Vaccination in Bombay 1889-1901 - 1889-1901
Year: 1889
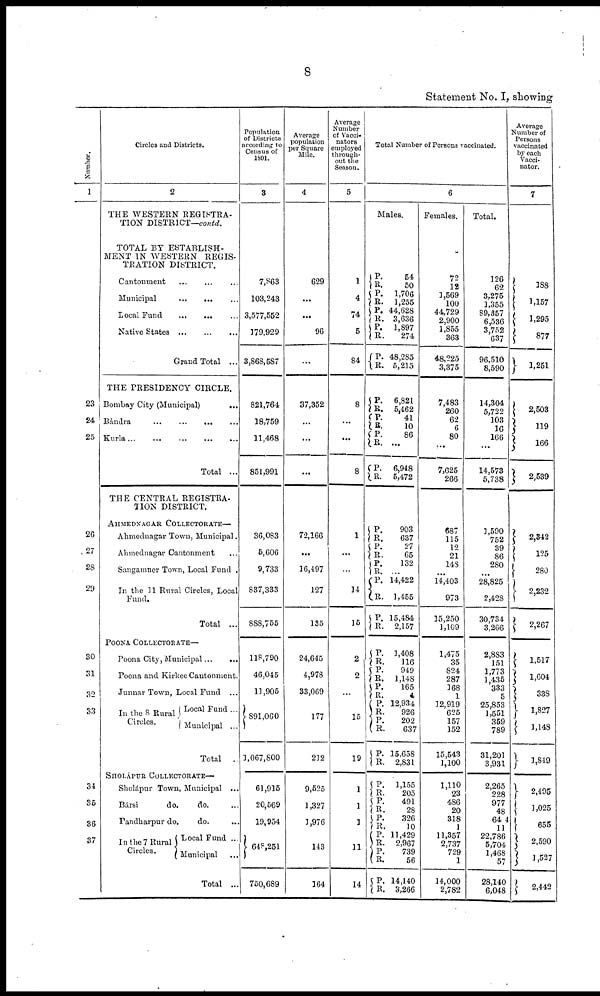
8
Statement No. I, showing
Number.
1
23
24
25
26
27
28
29
30
31
32
33
34
35
36
37
Circles and Districts.
2
THE WESTERN REGISTRA-
TION DISTRICT—contd.
TOTAL BY ESTABLISH-
MENT IN WESTERN
REGIS-
TRATION DISTRICT.
Cantonment ... ... ...
Municipal
...
... ...
Local Fund ... ... ...
Native States ...
...
...
Grand Total ...
THE PRESIDENCY CIRCLE.
Bombay City (Municipal)
...
Bándra
...
...
...
...
Kurla...
...
...
...
...
Total ...
THE CENTRAL REGISTRA-
TION DISTRICT.
AHMEDNAGAR COLLECTORATE—
Ahmednagar Town, Municipal.
Ahmednagar Cantonment ...
Sangamner Town, Local Fund .
In the 11 Rural Circles, Local
Fund.
Total
...
POONA COLLECTORATE—
Poona City, Municipal... ...
Poona and Kirkee Cantonment.
Junnar Town, Local Fund
...
In the 8 Rural
Circles.
Local Fund ...
Municipal ..
Total
.
SHOLÁPUR COLLECTORATE—
Sholápur Town, Municipal ...
Bársi
do.
do. ...
Pandharpur do.
do. ...
In the 7 Rural
Circles.
Local Fund ...
Municipal ...
Total ...
Population
of Districts
according to
Census of
1891.
3
7,863
103,243
3,577,552
179,929
3,868,587
821,764
18,759
11,468
851,991
36,083
5,606
9,733
837,333
888,755
118,790
46,045
11,905
891,060
1,067,800
61,915
20,569
19,954
648,251
750,689
Average
population
per Square
Mile.
4
629
...
...
96
...
37,352
...
...
...
72,166
...
16,497
127
135
24,645
4,978
33,069
177
212
9,525
1,327
1,976
143
164
Average
Number
of Vacci¬
nators
employed
through-
out the
Season.
5
1
4
74
5
84
8
...
...
8
1
...
...
14
15
2
2
...
15
19
1
1
1
11
14
Total Number of Persons vaccinated.
6
Males.
P.
R.
P.
R.
P. R.
P.
R.
P.
R.
P.
R. P.
R.
P.
R.
P.
R.
P.
R.
P.
R. P.
R.
P.
R.
P.
R.
P.
R.
P.
R.
P.
R.
P.
R.
P.
R.
P.
R.
P.
R.
P.
R.
P.
R.
P.
R. P. R.
P.
R.
54
50
1,706
1,255
44,628
3,636
1,897
274
48,285
5,215
6,821
5,462
41
10
86
...
6,948
5,472
903
637
27
65
132
...
14,422
1,455
15,484
2,157
1,408
116
949
1,148
165
4
12,934,
926
202
637
15,658
2,831
1,155
205
491
28
326
10
11,429
2,967
739
56
14,140
3,266
Females.
72
12
1,569
100
44,729
2,900
1,855
363
48,225
3,375
7,483
260
62
6
80
...
7,625
266
687
115
12
21
148
...
14,403
973
15,250
1,109
1,475
35
824
287
168
1
12,919
625
157
152
15,543
1,100
1,110
23
486
20
318
1
11,357
2,737
729
1
14,000
2,782
Total.
126
62
3,275
1,355
89,357
6,536
3,752
637
96,510
8,590
14,304
5,722
103
16
166
...
14,573
5,738
1,590
752
39
86
280
...
28,825
2,428
30,734
3,266
2,883
151
1,773
1,435
333
5
25,853
1,551
359
789
31,201
3,931
2,265
228
977
48
644
11
22,786
5,704
1,468
57
28,140
6,048
Average
Number of
Persons
vaccinated
by each
Vacci¬
nator.
7
188
1,157
1,295
877
1,251
2,503
119
166
2,539
2,342
125
280
2,232
2,267
1,517
1,604
338
1,827
1,148
1,849
2,495
1,025
655
2,590
1,527
2,442